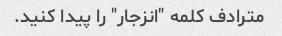
مترادف کلمه "انزجار" را پیدا کنید.